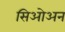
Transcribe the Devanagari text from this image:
सिओअन